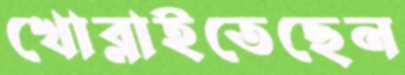
খোব্‌লাইতেছেন